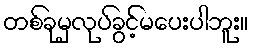
တစ်ခုမှလုပ်ခွင့်မပေးပါဘူး။